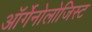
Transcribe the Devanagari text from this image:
ऑर्गेनोलोजिस्ट